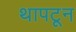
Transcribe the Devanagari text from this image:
थापटून